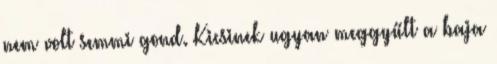
nem volt semmi gond. Kicsinek ugyan meggyűlt a baja